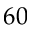
6 0